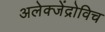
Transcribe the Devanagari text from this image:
अलेक्जेंद्रोविच